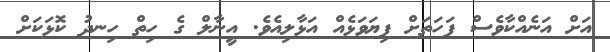
އަށް އަނެއްކާވެސް ފަހަތަށް ފިޔަވަޅެއް އަޅާލިއެވެ. އީނާލް ގެ ހިތް ހިނދު ކޮޅަކަށް